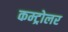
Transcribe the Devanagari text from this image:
कम्ट्रोलर